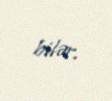
bilər.